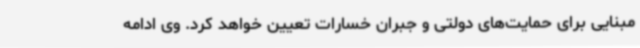
مبنایی برای حمایت‌های دولتی و جبران خسارات تعیین خواهد کرد. وی ادامه